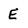
Character: E